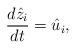
LaTeX: \begin{align*}{{d \hat z_i} \over dt} = \hat u_i,\end{align*}